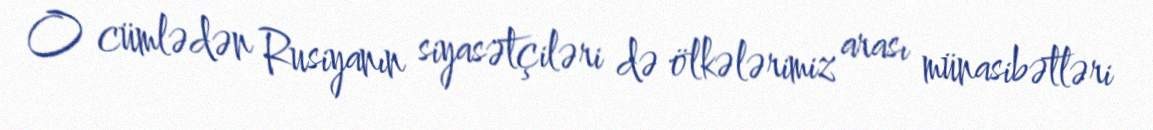
O cümlədən Rusiyanın siyasətçiləri də ölkələrimiz arası münasibətləri